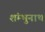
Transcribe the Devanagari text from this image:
शंम्भुनाथ